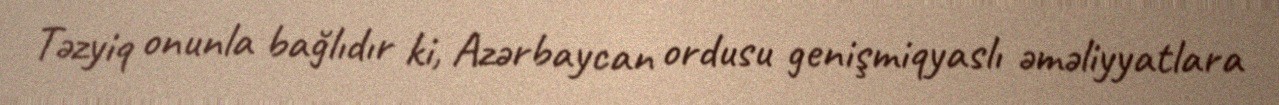
Təzyiq onunla bağlıdır ki, Azərbaycan ordusu genişmiqyaslı əməliyyatlara